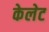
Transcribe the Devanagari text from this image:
केलेट